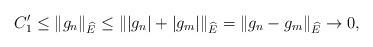
LaTeX: \begin{align*}C_1'\leq \|g_n\|_{\widehat{E}}\leq \||g_n|+|g_m|\|_{\widehat{E}}=\|g_n-g_m\|_{\widehat{E}}\to 0,\end{align*}